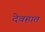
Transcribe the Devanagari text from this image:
देवहात